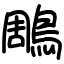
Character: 鵰